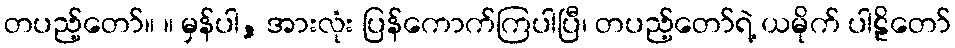
တပည့်တော်။ ။ မှန်ပါ, အားလုံး ပြန်ကောက်ကြပါပြီ၊ တပည့်တော်ရဲ့ ယမိုက် ပါဠိတော်